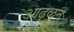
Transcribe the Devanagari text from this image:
आढ्ळून